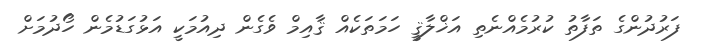
ފަރުދުންގެ ތަފާތު ކުރުމެއްނެތި އަޚްލާޤީ ހަމަތަކެއް ޤާއިމް ވެގެން ދިއުމަކީ އަޅުގަޑުމެން ހޯދުމަށް